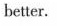
better.